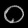
Digit: ၀